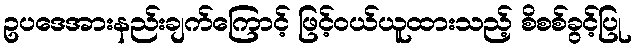
ဥပဒေအားနည်းချက်ကြောင့် ဖြင့်ဝယ်ယူထားသည့် စိစစ်ခွင့်ပြု